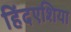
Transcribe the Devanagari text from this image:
हिंदएशिया